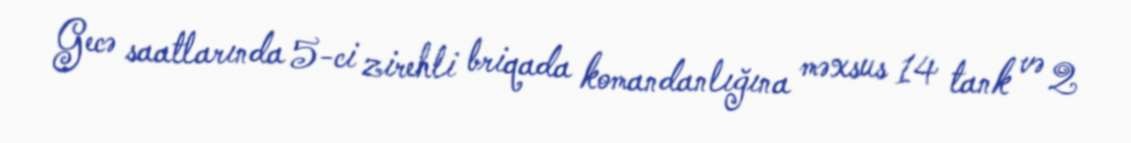
Gecə saatlarında 5-ci zirehli briqada komandanlığına məxsus 14 tank və 2